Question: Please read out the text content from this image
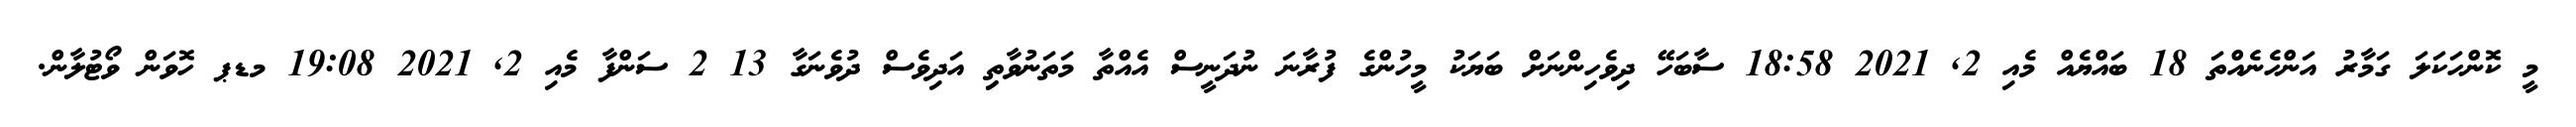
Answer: މީ ކޮންހަކަލަ ގަމާރު އަންހެނެއްތަ 18 ބައްޔެއް މެއި 2, 2021 18:58 ސާބަހޭ ދިވެހިންނަށް ބަޔަކު މީހުންގެ ފުރާނަ ނުދަނީސް އެއްތާ މަތަނުވާތިި އަދިވެސް ދުވެނަގާ 13 2 ސަންފާ މެއި 2, 2021 19:08 މޑޕ ހޮވަން ވޯޓުލާން.